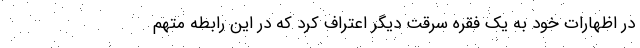
در اظهارات خود به یک فقره سرقت دیگر اعتراف کرد که در این رابطه متهم